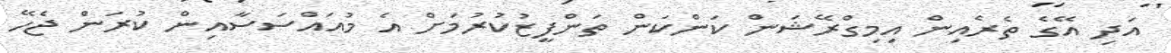
އަދި އޭގެ ތެރެއިން އިމިގްރޭޝަން ކަންކަން ތަންފީޒުކުރުމަށް އެ މުއައްސަަސާއިން ކުރަން ޖެހޭ